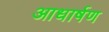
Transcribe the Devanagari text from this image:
आधार्षण